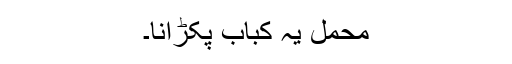
محمل یہ کباب پکڑانا۔